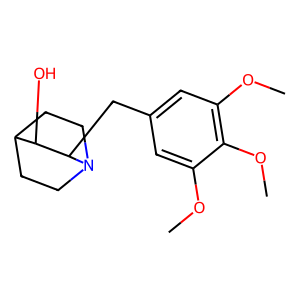
SMILES: COc1cc(CC2C(O)C3CCN2CC3)cc(OC)c1OC
Inhibits HIV replication: No